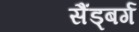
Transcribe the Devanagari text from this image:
सैंड्बर्ग